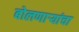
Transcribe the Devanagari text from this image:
बोलणार्‍यांचा